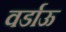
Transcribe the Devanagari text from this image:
वर्डाऊ